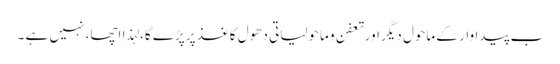
ب پیداوار کے ماحول دیگر اورتعفن و ماحولیاتی دھول کاغذ پر پڑے گا، لہذا اچھا، نہیں ہے ۔